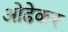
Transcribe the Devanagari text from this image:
ओढेकर